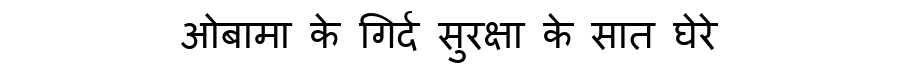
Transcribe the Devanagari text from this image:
ओबामा के गिर्द सुरक्षा के सात घेरे